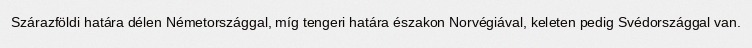
Szárazföldi határa délen Németországgal, míg tengeri határa északon Norvégiával, keleten pedig Svédországgal van.